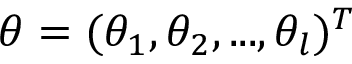
\boldsymbol { \theta } = ( \theta _ { 1 } , \theta _ { 2 } , . . . , \theta _ { l } ) ^ { T }